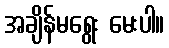
အချိန်မရွေး မေးပါ။